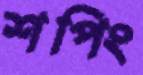
শপিং